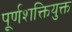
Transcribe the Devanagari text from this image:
पूर्णशक्तियुक्त